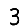
Digit: 3